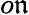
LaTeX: o\mathfrak{n}